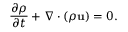
\frac { \partial \rho } { \partial t } + \nabla \cdot ( \rho \mathbf { u } ) = 0 .